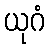
ယုဂံ